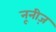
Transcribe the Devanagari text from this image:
नूनीज़